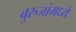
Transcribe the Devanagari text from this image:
बुरुजांमध्ये